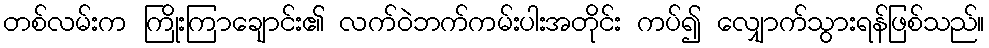
တစ်လမ်းက ကြိုးကြာချောင်း၏ လက်ဝဲဘက်ကမ်းပါးအတိုင်း ကပ်၍ လျှောက်သွားရန်ဖြစ်သည်။